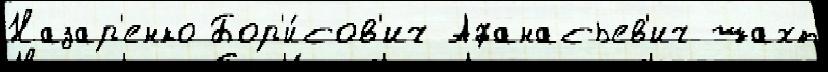
Назар'енко Бор'и́сов'ич Афанасьев'ич шахт